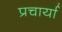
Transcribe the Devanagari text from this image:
प्रचार्या